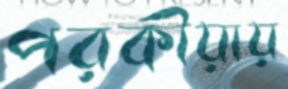
পরকীয়ায়